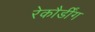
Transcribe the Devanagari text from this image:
रेकौर्डींग